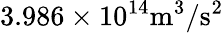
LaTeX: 3.986\times 10^{14}\mathrm{m}^{3}/\mathrm{s}^{2}